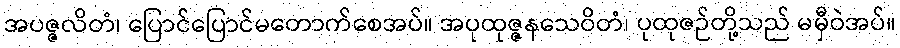
အပဇ္ဇလိတံ၊ ပြောင်ပြောင်မတောက်စေအပ်။ အပုထုဇ္ဇနသေဝိတံ၊ ပုထုဇဉ်တို့သည် မမှီဝဲအပ်။